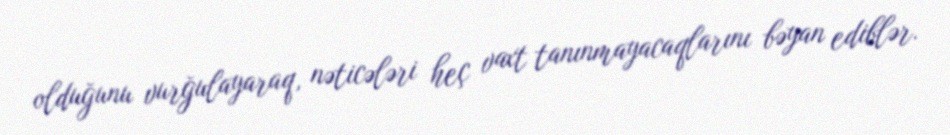
olduğunu vurğulayaraq, nəticələri heç vaxt tanınmayacaqlarını bəyan ediblər.